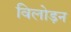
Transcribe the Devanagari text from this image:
विलोड़न